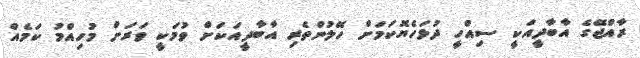
ރާއްޖޭގެ އާބާދީއަކީ ސިއްހީ ދުޅަހެޔޮކަމަށް ހޭލުންތެރި އާބާދީއަކަށް ވުމަކީ ވަރަށް މުހިއްމު ކަމެއް